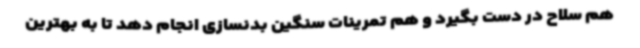
هم سلاح در دست بگیرد و هم تمرینات سنگین بدنسازی انجام دهد تا به بهترین